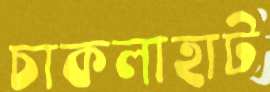
চাকলাহাট